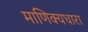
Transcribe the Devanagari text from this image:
माणिक्यधारा